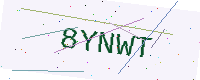
Text: 8YNWT